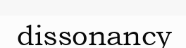
dissonancy